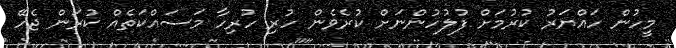
މީހުން ހައްޔަރު ކުރުމަށް ފުލުހުންނަށް ކުރެވެން ހުރި ހުރިހާ މަސައްކަތެއް ކުރަން ޖެހޭ